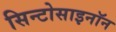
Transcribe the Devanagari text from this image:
सिन्टोसाइनॉन